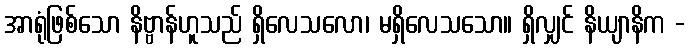
အာရုံဖြစ်သော နိဗ္ဗာန်ဟူသည် ရှိလေသလော၊ မရှိလေသသော။ ရှိလျှင် နိယျာနိက -